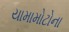
યામામોટોના